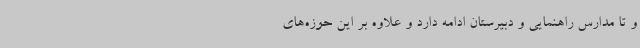
و تا مدارس راهنمایی و دبیرستان ادامه دارد و علاوه بر این حوزه‌های